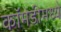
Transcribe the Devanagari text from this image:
कॉमेडीमध्ये